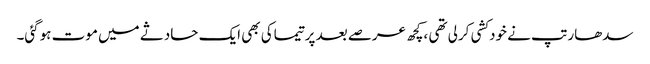
سدھارتپ نے خودکشی کرلی تھی ،کچھ عرصے بعد پرتیماکی بھی ایک حادثے میں موت ہوگئی۔